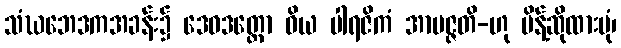
သံဃဘေဒကအခန်း၌ ဒေဝဒတ္တော ဝိယ ပါရဇိကံ အာပဇ္ဇတိ-ဟု မိန့်ဆိုထားပုံ၊